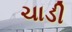
ચાડી